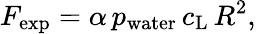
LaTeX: {F}_{\mathrm{exp}}=\alpha\, p_{\mathrm{water}}\, c_{\mathrm{L}}\, R^{2},